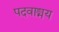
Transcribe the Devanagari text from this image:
पदवाङ्मय